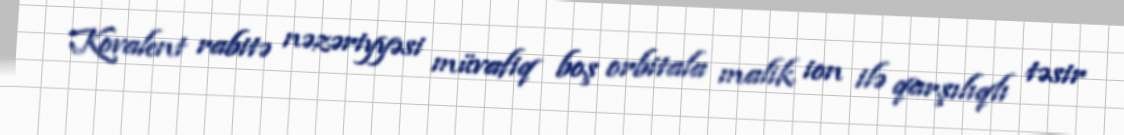
Kovalent rabitə nəzəriyyəsi müvafiq boş orbitala malik ion ilə qarşılıqlı təsir